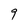
Character: 9